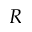
R